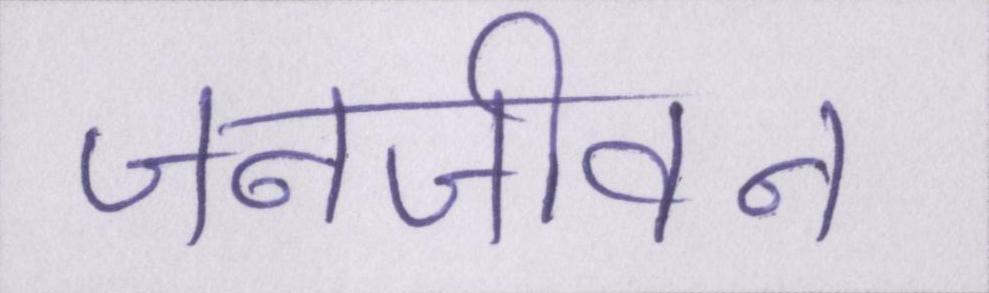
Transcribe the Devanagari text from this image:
जनजीवन